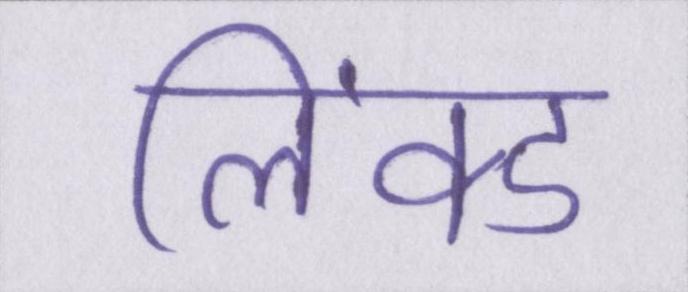
लिंक्ड